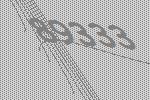
89333